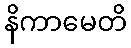
နိကာမေတိ